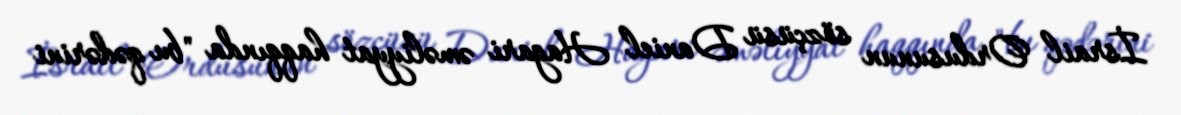
İsrail Ordusunun sözçüsü Daniel Hagari əməliyyat haqqında "bu qədərini